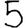
Digit: 5